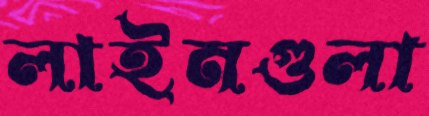
লাইনগুলা